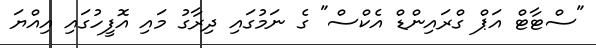
"ސްޓާޓް އަޕް ގްރައިންޑް އެކްސް" ގެ ނަމުގައި ދިރާގު މައި އޮފީހުގައި އިއްޔަ